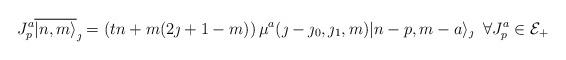
LaTeX: \begin{align*}J^a_p \overline{|n,m\rangle}_{\jmath}=\left(tn+m(2\jmath +1 -m)\right)\mu^a(\jmath-\jmath_0,\jmath_1,m) |n-p,m-a\rangle_{\jmath} \;\; \forall J^a_p\in {\cal E}_+\end{align*}